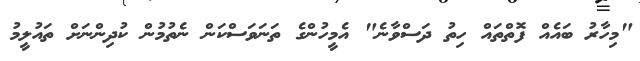
"މިހާރު ބައެއް ފޮތްތައް ހިތު ދަސްވާނެ" އެމީހުންގެ ތަނަވަސްކަން ނެތުމުން ކުދިންނަށް ތައުލީމު